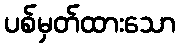
ပစ်မှတ်ထားသော